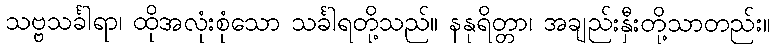
သဗ္ဗသင်္ခါရာ၊ ထိုအလုံးစုံသော သင်္ခါရတို့သည်။ နနုရိတ္တာ၊ အချည်းနှီးတို့သာတည်း။